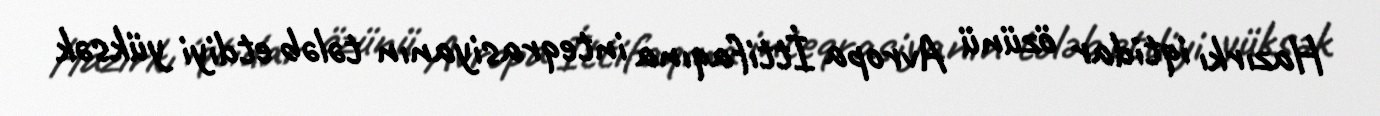
Hazırkı iqtidar özünü Avropa İttifaqına inteqrasiyanın tələb etdiyi yüksək